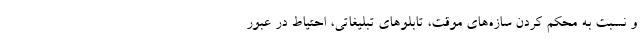
و نسبت به محکم کردن سازه‌های موقت، تابلوهای تبلیغاتی، احتیاط در عبور